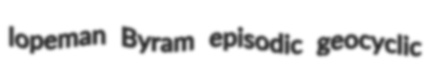
lopeman Byram episodic geocyclic